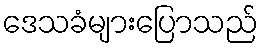
ဒေသခံများပြောသည်